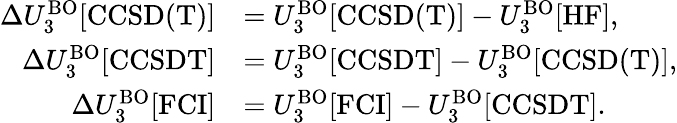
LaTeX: \begin{array}{rl}{\Delta U_{3}^{\mathrm{BO}}[\mathrm{CCSD(T)}]}&{=U_{3}^{\mathrm{BO}}[\mathrm{CCSD(T)}]-U_{3}^{\mathrm{BO}}[\mathrm{HF}],}\\ {\Delta U_{3}^{\mathrm{BO}}[\mathrm{CCSDT}]}&{=U_{3}^{\mathrm{BO}}[\mathrm{CCSDT}]-U_{3}^{\mathrm{BO}}[\mathrm{CCSD(T)}],}\\ {\Delta U_{3}^{\mathrm{BO}}[\mathrm{FCI}]}&{=U_{3}^{\mathrm{BO}}[\mathrm{FCI}]-U_{3}^{\mathrm{BO}}[\mathrm{CCSDT}].}\end{array}